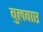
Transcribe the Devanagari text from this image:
बुलवाए